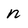
Character: n